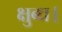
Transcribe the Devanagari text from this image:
क्षुब्ध।